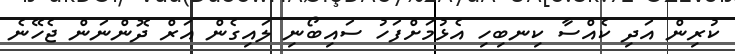
ކުރިން އަދި ކެއްސާ ކިނބިހި އެޅުމަށްފަހު ސައިބޯނި ލައިގެން އަރް ދޮންނަން ޖެހޭނެ